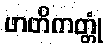
ဖာတိကတ္တုံ